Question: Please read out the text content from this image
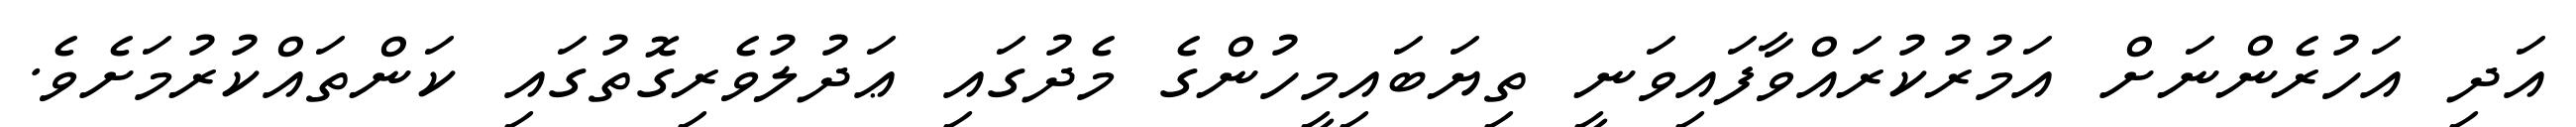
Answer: އަދި އަހުރެންނަށް އަމުރުކުރައްވާފައިވަނީ ތިޔަބައިމީހުންގެ މެދުގައި ޢަދުލުވެރިގޮތުގައި ކަންތައްކުރުމަށެވެ.